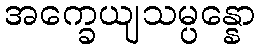
အက္ခေယျသမ္ပန္နော